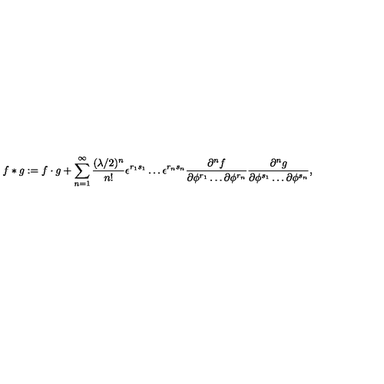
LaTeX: f \ast g : = f \cdot g + \sum _ { n = 1 } ^ { \infty } { \frac { ( \lambda / 2 ) ^ { n } } { n ! } } \epsilon ^ { r _ { 1 } s _ { 1 } } \dots \epsilon ^ { r _ { n } s _ { n } } { \frac { \partial ^ { n } f } { \partial \phi ^ { r _ { 1 } } \dots \partial \phi ^ { r _ { n } } } } { \frac { \partial ^ { n } g } { \partial \phi ^ { s _ { 1 } } \dots \partial \phi ^ { s _ { n } } } } ,